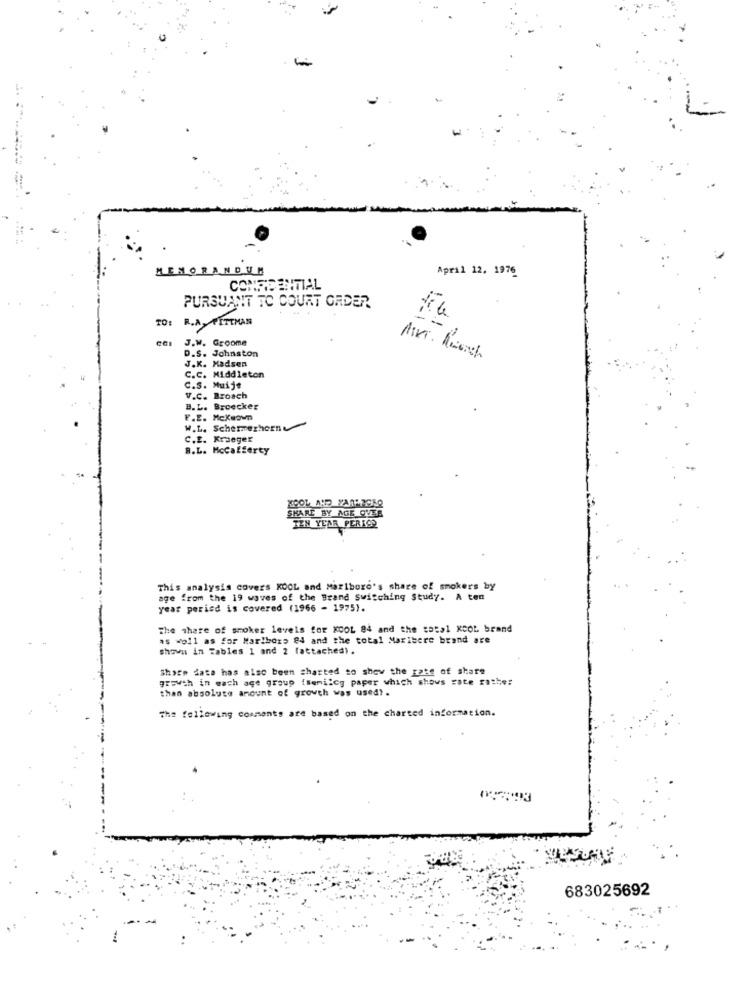
MEMORANDUM
April 12. 1976
PURSUANT TO COURT ORDER
TO:
R.A PITTMAN
cal J.W. Groome
D.S. Johnston
J.K. Madsen
C.C. Middleton
C.S. Muije
V.C. Broach
B. L. Broecker
F.E. Mckeown
W.L. Schermerhorn
C.E. Krueger
R.L. Mccafferty
SHARE BY AGE OVER
TEN YEAR PERICO
This analysis covers KOOL and Marlboro's share of smokers by
age from the 19 waves of the Brand Switching Study. A ten
year period is covered (1966 - 1975).
The share of smoker levels for KOOL 84 and the total KOOL brand
as well as for Marlboro 84 and the total Maxibere brand are
shown in Tables 1 and 2 (attached) .
Share data has also been charted to show the gate of share
growth in wach age group {semilcg paper which shows cate rather
than absolute amount of growth was used) .
The following comments are based on the charted information.
683025692